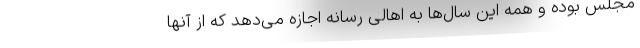
مجلس بوده و همه این سال‌ها به اهالی رسانه اجازه می‌دهد که از آنها